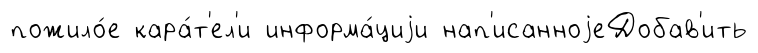
пожило́е кара́т'ел'и информа́циjи нап'исанноjеДобав'ить